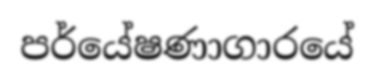
පර්යේෂණාගාරයේ